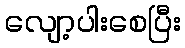
လျော့ပါးစေပြီး